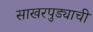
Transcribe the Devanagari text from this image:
साखरपुड्याची